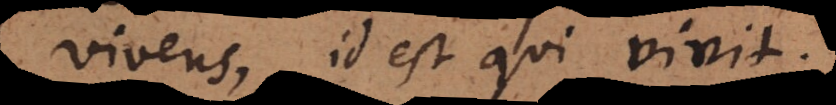
vivens, id est qui vivit.